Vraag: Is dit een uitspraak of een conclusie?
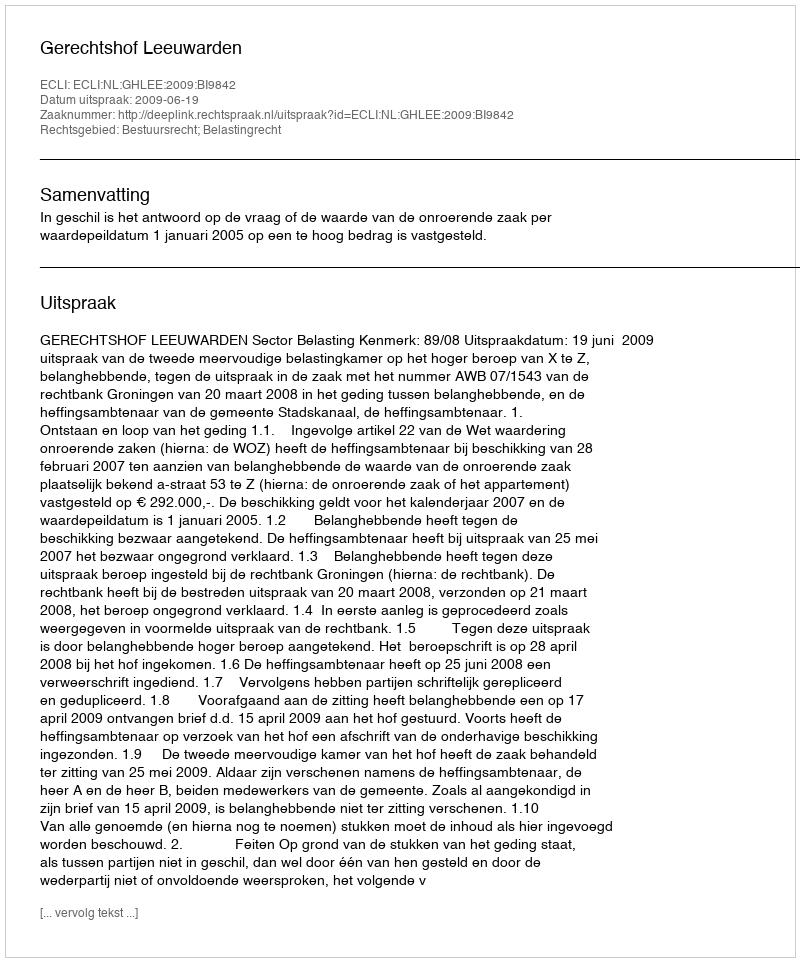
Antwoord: Uitspraak